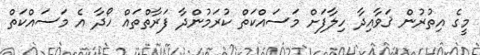
މީގެ އިތުރުން ޤަވާއިދާ ހިލާފަށް މަސައްކަތް ކުރަމުންދާ ފަރާތްތައް ހޯދާ އެ މަސައްކަތް